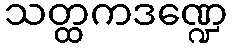
သတ္ထကဒဏ္ဍေ